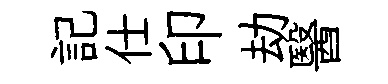
記仕印劫醫